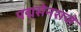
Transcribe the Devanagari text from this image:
पद्मसेनराजे